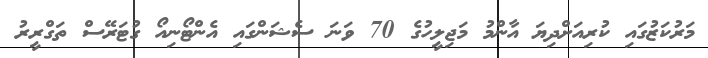
މަރުކަޒުގައި ކުރިއަށްދިޔަ އާންމު މަޖިލީހުގެ 70 ވަނަ ސެޝަންގައި އެންޓޯނިއޯ ގުޓަރޭސް ތަގްރީރު